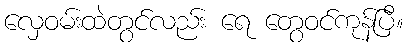
လှေဝမ်းထဲတွင်လည်း ရေ တွေဝင်ကုန်ပြီ။